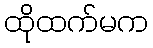
ထိုထက်မက